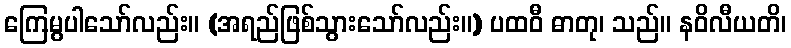
ကြေမွပါသော်လည်း။ (အရည်ဖြစ်သွားသော်လည်း။) ပထဝီ ဓာတု၊ သည်။ နဝိလီယတိ၊